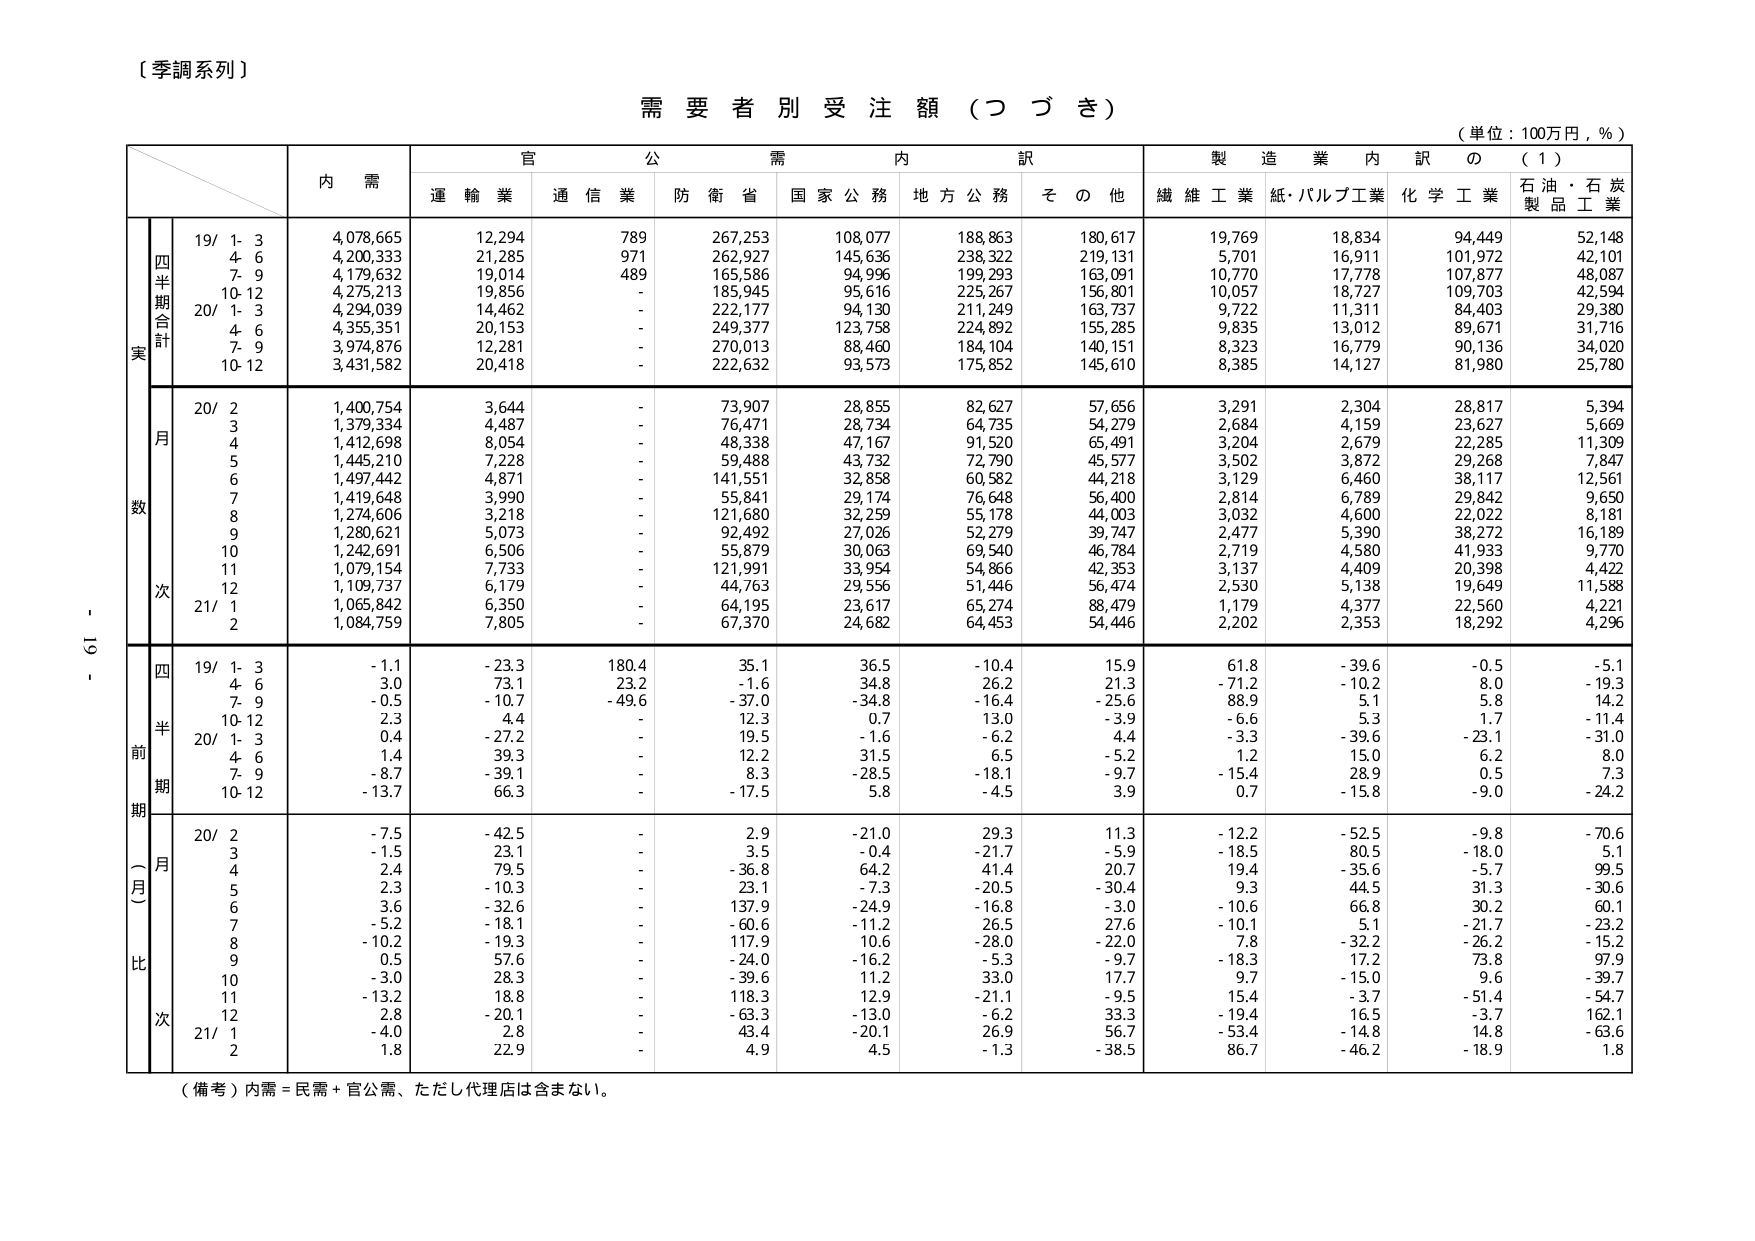
〔季調系列〕

需要者別受注額（つづき）

（単位：100万円，％）

内 需
官 公 需 内 訳
製 造 業 内 訳 の （１）
運 輸 業 通 信 業 防 衛 省 国 家 公 務 地 方 公 務 そ の 他 繊 維 工 業 紙・パルプ工業 化 学 工 業 石 油 ・ 石 炭 製 品 工 業

四半期合計
実
19/ 1- 3 4,078,665 12,294 789 267,253 108,077 188,863 180,617 19,769 18,834 94,449 52,148
4- 6 4,200,333 21,285 971 262,927 145,636 238,322 219,131 5,701 16,911 101,972 42,101
7- 9 4,179,632 19,014 489 165,586 94,996 199,293 163,091 10,770 17,778 107,877 48,087
10-12 4,275,213 19,856 - 185,945 95,616 225,267 156,801 10,057 18,727 109,703 42,594
20/ 1- 3 4,294,039 14,462 - 222,177 94,130 211,249 163,737 9,722 11,311 84,403 29,380
4- 6 4,355,351 20,153 - 249,377 123,758 224,892 155,285 9,835 13,012 89,671 31,716
7- 9 3,974,876 12,281 - 270,013 88,460 184,104 140,151 8,323 16,779 90,136 34,020
10-12 3,431,582 20,418 - 222,632 93,573 175,852 145,610 8,385 14,127 81,980 25,780

月
数
20/ 2 1,400,754 3,644 - 73,907 28,855 82,627 57,656 3,291 2,304 28,817 5,394
3 1,379,334 4,487 - 76,471 28,734 64,735 54,279 2,684 4,159 23,627 5,669
4 1,412,698 8,054 - 48,338 47,167 91,520 65,491 3,204 2,679 22,285 11,309
5 1,445,210 7,228 - 59,488 43,732 72,790 45,577 3,502 3,872 29,268 7,847
6 1,497,442 4,871 - 141,551 32,858 60,582 44,218 3,129 6,460 38,117 12,561
7 1,419,648 3,990 - 55,841 29,174 76,648 56,400 2,814 6,789 29,842 9,650
8 1,274,606 3,218 - 121,680 32,259 55,178 44,003 3,032 4,600 22,022 8,181
9 1,280,621 5,073 - 92,492 27,026 52,279 39,747 2,477 5,390 38,272 16,189
10 1,242,691 6,506 - 55,879 30,063 69,540 46,784 2,719 4,580 41,933 9,770
11 1,079,154 7,733 - 121,991 33,954 54,866 42,353 3,137 4,409 20,398 4,422
12 1,109,737 6,179 - 44,763 29,556 51,446 56,474 2,530 5,138 19,649 11,588
21/ 1 1,065,842 6,350 - 64,195 23,617 65,274 88,479 1,179 4,377 22,560 4,221
2 1,084,759 7,805 - 67,370 24,682 64,453 54,446 2,202 2,353 18,292 4,296

四
半
期
前
期
（一月比）
19/ 1- 3 -1.1 -23.3 180.4 35.1 36.5 -10.4 15.9 61.8 -39.6 -0.5 -5.1
4- 6 3.0 73.1 23.2 -1.6 34.8 26.2 21.3 -71.2 -10.2 8.0 -19.3
7- 9 -0.5 -10.7 -49.6 -37.0 -34.8 -16.4 -25.6 88.9 5.1 5.8 14.2
10-12 2.3 4.4 - 12.3 0.7 13.0 -3.9 -6.6 5.3 1.7 -11.4
20/ 1- 3 0.4 -27.2 - 19.5 -1.6 -6.2 4.4 -3.3 -39.6 -23.1 -31.0
4- 6 1.4 39.3 - 12.2 31.5 6.5 -5.2 1.2 15.0 6.2 8.0
7- 9 -8.7 -39.1 - 8.3 -28.5 -18.1 -9.7 -15.4 28.9 0.5 7.3
10-12 -13.7 66.3 - -17.5 5.8 -4.5 3.9 0.7 -15.8 -9.0 -24.2

20/ 2 -7.5 -42.5 - 2.9 -21.0 29.3 11.3 -12.2 -52.5 -9.8 -70.6
3 -1.5 23.1 - 3.5 -0.4 -21.7 -5.9 -18.5 80.5 -18.0 5.1
4 2.4 79.5 - -36.8 64.2 41.4 20.7 19.4 -35.6 -5.7 99.5
5 2.3 -10.3 - 23.1 -7.3 -20.5 -30.4 9.3 44.5 31.3 -30.6
6 3.6 -32.6 - 137.9 -24.9 -16.8 -3.0 -10.6 66.8 30.2 60.1
7 -5.2 -18.1 - -60.6 -11.2 26.5 -27.6 -10.1 5.1 -21.7 -23.2
8 -10.2 -19.3 - 117.9 10.6 -28.0 -22.0 7.8 -32.2 -26.2 -15.2
9 0.5 57.6 - -24.0 -16.2 -5.3 -9.7 -18.3 17.2 73.8 97.9
10 -3.0 28.3 - -39.6 11.2 33.0 17.7 9.7 -15.0 9.6 -39.7
11 -13.2 18.8 - 118.3 12.9 -21.1 -9.5 15.4 -3.7 -51.4 -54.7
12 2.8 -20.1 - -63.3 -13.0 -6.2 33.3 -19.4 16.5 -3.7 162.1
21/ 1 -4.0 2.8 - 43.4 -20.1 26.9 56.7 -53.4 -14.8 14.8 -63.6
2 1.8 22.9 - 4.9 4.5 -1.3 -38.5 86.7 -46.2 -18.9 1.8

（備考）内需＝民需＋官公需、ただし代理店は含まない。